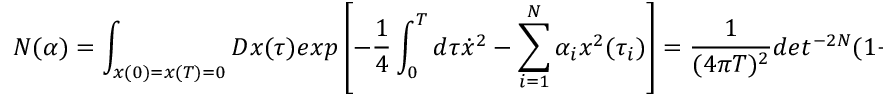
{ \cal N } ( \alpha ) = \int _ { x ( 0 ) = x ( T ) = 0 } { \cal D } x ( \tau ) e x p \left[ - { \frac { 1 } { 4 } } \int _ { 0 } ^ { T } d \tau \dot { x } ^ { 2 } - \sum _ { i = 1 } ^ { N } \alpha _ { i } x ^ { 2 } ( \tau _ { i } ) \right] = { \frac { 1 } { ( 4 \pi T ) ^ { 2 } } } d e t ^ { - 2 N } ( 1 + 4 \hat { \Delta } ) .